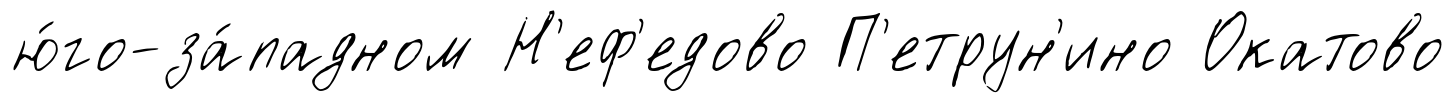
ю́го-за́падном Н'еф'едово П'етрун'ино Окатово